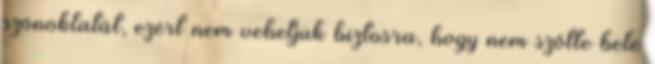
szónoklatát, ezért nem vehetjük biztosra, hogy nem szőtte bele